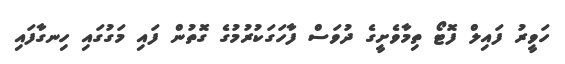
ހަވީރު ފައިލް ފޮޓޯ ތިމާވެށީގެ ދުވަސް ފާހަގަކުރުމުގެ ގޮތުން ފައި މަގުގައި ހިނގާފައި